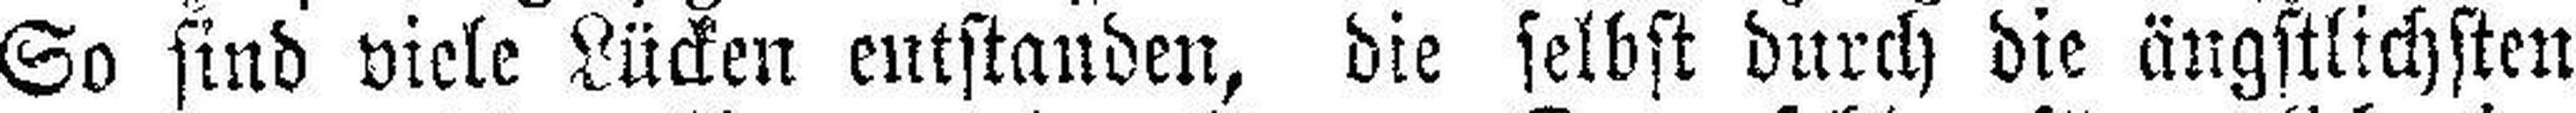
So sind viele Lücken entstanden, die selbst durch die ängstlichsten